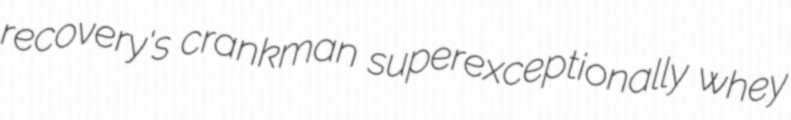
recovery's crankman superexceptionally whey